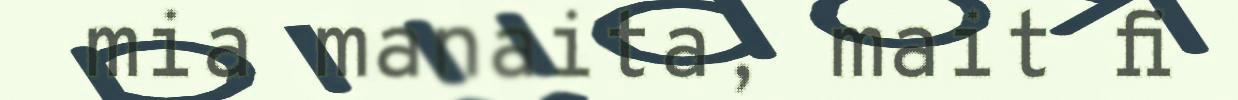
mia manaita, mait fi